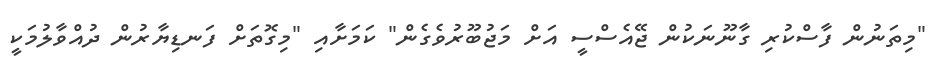
"މިތަނުން ފާސްކުރި ގާނޫނަކުން ޖޭއެސްސީ އަށް މަޖުބޫރުވެގެން" ކަމަށާއި "މިގޮތަށް ފަނޑިޔާރުން ދުއްވާލުމަކީ